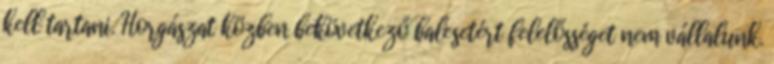
kell tartani. Horgászat közben bekövetkező balesetért felelősséget nem vállalunk.